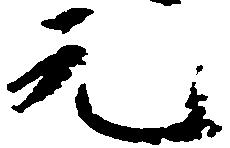
元